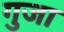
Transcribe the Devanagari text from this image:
गुजा